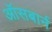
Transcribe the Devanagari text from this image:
ऑसबार्न